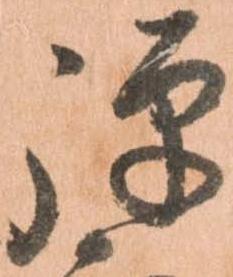
弾